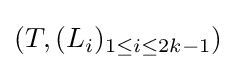
(T,(L_{i})_{1\leq i\leq 2k-1})